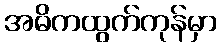
အဓိကထွက်ကုန်မှာ